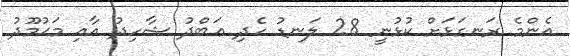
އެންމެ ރަނގަޅަށް ކުޅުނީ 28 ލަނޑު ހެދި ޢަބްދު ޝާހިދު އާއި މަޙުމޫދު